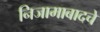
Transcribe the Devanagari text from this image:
निजामाबादचे